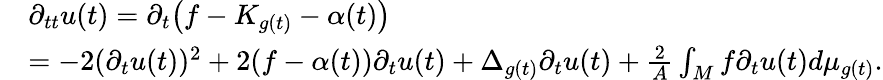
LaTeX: \begin{array}{rl}&{\partial_{tt}u(t)=\partial_{t}\bigl(f-K_{g(t)}-\alpha(t)\bigr)}\\ &{=-2(\partial_{t}u(t))^{2}+2(f-\alpha(t))\partial_{t}u(t)+\Delta_{g(t)}\partial_{t}u(t)+\frac 2A\int_{M}f\partial_{t}u(t)d\mu_{g(t)}.}\end{array}